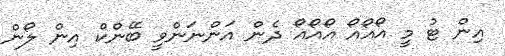
އިން ޓު މީ އޯއޯއޯ އޯއޯއޯ ދެން އަންނަންވީ ބޭންކް އިން ލޯން